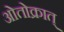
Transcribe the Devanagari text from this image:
ओतोक्रात्